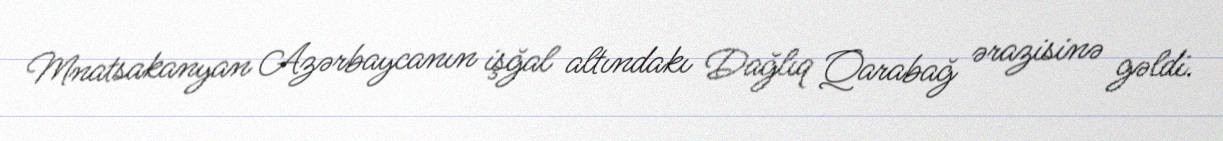
Mnatsakanyan Azərbaycanın işğal altındakı Dağlıq Qarabağ ərazisinə gəldi.